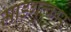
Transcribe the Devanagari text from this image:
माडगुल्कार्